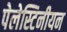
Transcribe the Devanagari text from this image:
पेलेस्टिनीयन